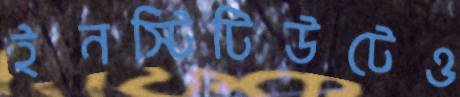
ইনস্টিটিউটেও